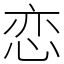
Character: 恋